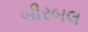
બીરબલ